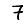
Digit: 7